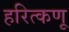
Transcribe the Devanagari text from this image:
हरित्कणू